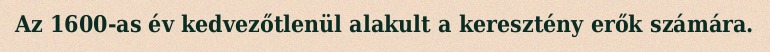
Az 1600-as év kedvezőtlenül alakult a keresztény erők számára.